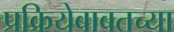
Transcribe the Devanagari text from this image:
प्रक्रियेबाबतच्या